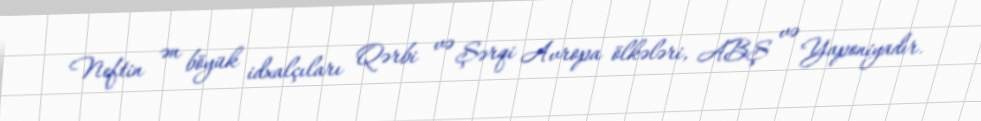
Neftin ən böyük idxalçıları Qərbi və Şərqi Avropa ölkələri, ABŞ və Yaponiyadır.